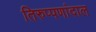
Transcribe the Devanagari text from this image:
तिरुप्पणांदाल